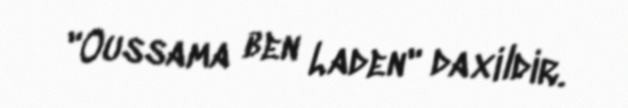
"Oussama ben Laden" daxildir.